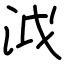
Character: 泧